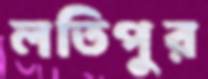
লতিপুর